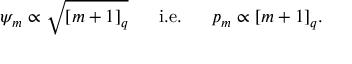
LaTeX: { \psi } _ { m } \propto \sqrt { [ m + 1 ] _ { q } } \mathrm { ~ \quad ~ i . e . ~ \quad ~ } p _ { m } \propto [ m + 1 ] _ { q } .